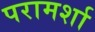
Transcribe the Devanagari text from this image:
परामर्शा